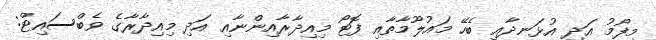
މިފޯމު އަދި އުޅަނދާއި ބެހޭ މައުލޫމާތާއި ފޮޓޯ މިއިދާރާއިންނާއި އަދި މިއިދާރާގެ ވެބްސައިޓް: